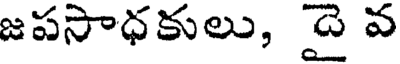
జపసాధకులు, దై వ